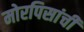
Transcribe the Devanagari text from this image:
मोरपिसांची